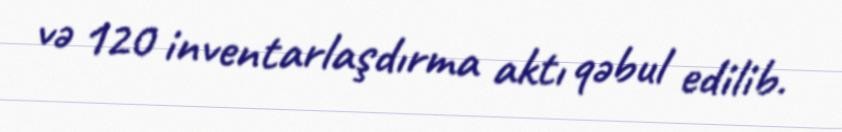
və 120 inventarlaşdırma aktı qəbul edilib.